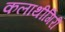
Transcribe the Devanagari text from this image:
कलाथीगिरी